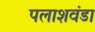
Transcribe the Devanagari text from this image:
पलाशवंडा